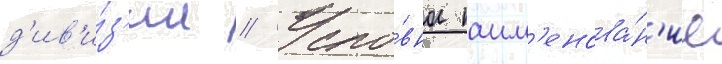
д'ив'и́з'ии // Усло́вное наим'енова́н'ие